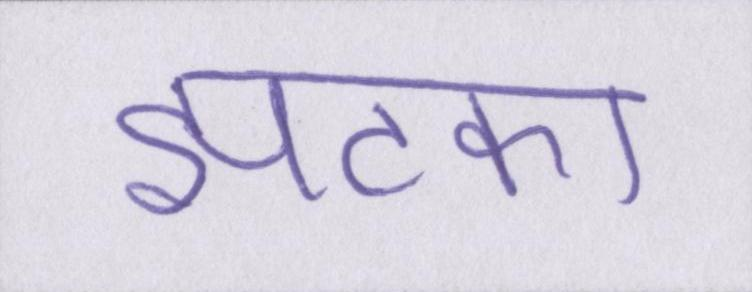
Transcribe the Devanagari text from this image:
झटका